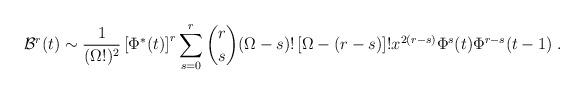
\begin{align*}{\cal B}^r(t)\sim \frac{1}{(\Omega!)^2} \left[\Phi^*(t)\right]^r\sum_{s=0}^r {r\choose s}(\Omega-s)! \left[\Omega-(r-s)\right]! x^{2(r-s)} \Phi^s(t) \Phi^{r-s}(t-1) \;.\end{align*}